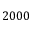
2 0 0 0